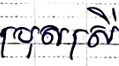
ប្រុសស្រី